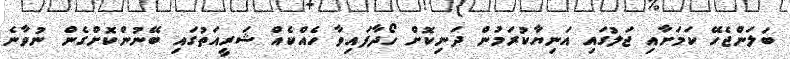
ބަލަންޖެހޭ ކަމަށާއި ޖަލުގައި އަނިޔާކުރަމުން ދަނިކޮށް ހޯދާފައިވާ ހެއްކެއް ޝަރީއަތުގައި ބޭނުންކޮށްގެން ނުވާނެ